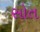
સોત